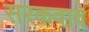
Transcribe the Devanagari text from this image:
सरकवावे